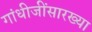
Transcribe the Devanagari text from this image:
गांधीजींसारख्या